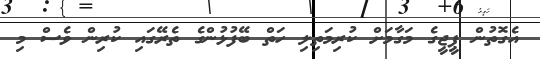
އެގޮތުން ޕީޖީގެ މަގާމަށް ކުރިމަތިލި ހަތް ބޭފުޅުންގެ ތެރޭގައި ކުރިން ވެސް މި